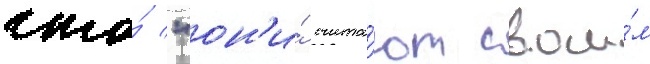
что́ "он'и́ счита́ют свои́м